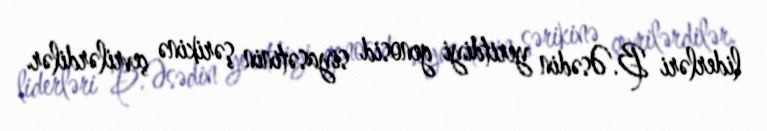
liderləri B.Əsədin yeritdiyi genosid siyasətinin şərikinə çevrilərdilər.